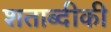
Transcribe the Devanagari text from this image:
शताब्दीकी